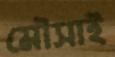
মৌসাই